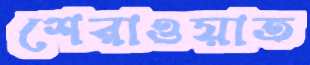
শেরাওয়াত